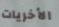
الأخريات